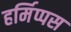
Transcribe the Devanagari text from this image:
हर्मिप्पस